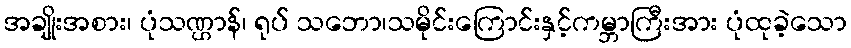
အချိုးအစား၊ ပုံသဏ္ဌာန်၊ ရုပ် သဘော၊သမိုင်းကြောင်းနှင့်ကမ္ဘာကြီးအား ပုံထုခဲ့သော